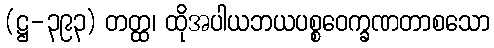
(ဋ္ဌ-၃၉၃) တတ္ထ၊ ထိုအပါယဘယပစ္စဝေက္ခဏတာစသော